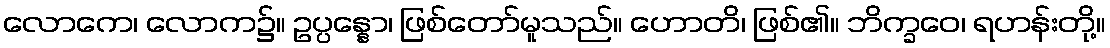
လောကေ၊ လောက၌။ ဥပ္ပန္နော၊ ဖြစ်တော်မူသည်။ ဟောတိ၊ ဖြစ်၏။ ဘိက္ခဝေ၊ ရဟန်းတို့။